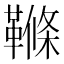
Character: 𩌜